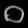
Digit: ၀